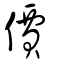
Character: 價